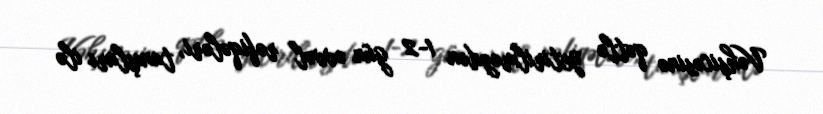
Vəhşicəsinə qətlə yetirilməzdən 1-2 gün əvvəl rəfiqələri, tanışları ilə